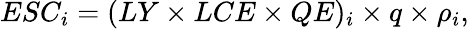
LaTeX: ESC_{i}=(LY\times LCE\times QE)_{i}\times q\times\rho_{i},